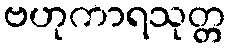
ဗဟုကာရသုတ္တ